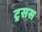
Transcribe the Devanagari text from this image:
ट्रसस